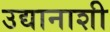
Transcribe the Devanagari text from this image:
उद्यानाशी